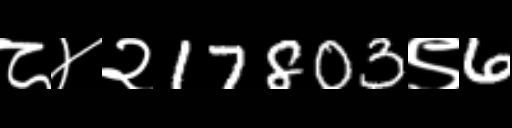
Text: ८४२17803९6